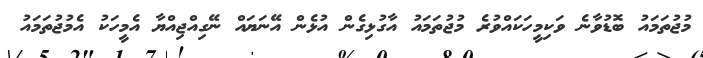
މުޖުތަމައު ބޮޑުވާނެ ވަކިމީހަކައްވުރެ މުޖުތަމައު އާގުޅިގެން އުޅެން އޭނަޔައް ނޭގިއްޖިއްޔާ އެމީހަކު އެމުޖުތަމައު